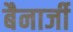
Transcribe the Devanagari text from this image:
बैनार्जी